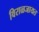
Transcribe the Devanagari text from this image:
विराळजायत